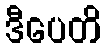
ဒီပေတိ